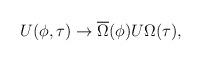
LaTeX: \begin{align*}U(\phi,\tau) \rightarrow \overline{\Omega}(\phi) U \Omega(\tau),\end{align*}